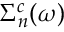
\Sigma _ { n } ^ { c } ( \omega )